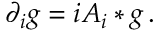
\partial _ { i } g = i A _ { i } * g \, .